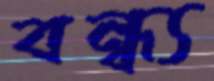
বন্ধ্য